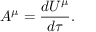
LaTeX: A ^ { \mu } = { \frac { d U ^ { \mu } } { d \tau } } .